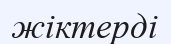
жіктерді